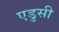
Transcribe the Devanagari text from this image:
एडुसी